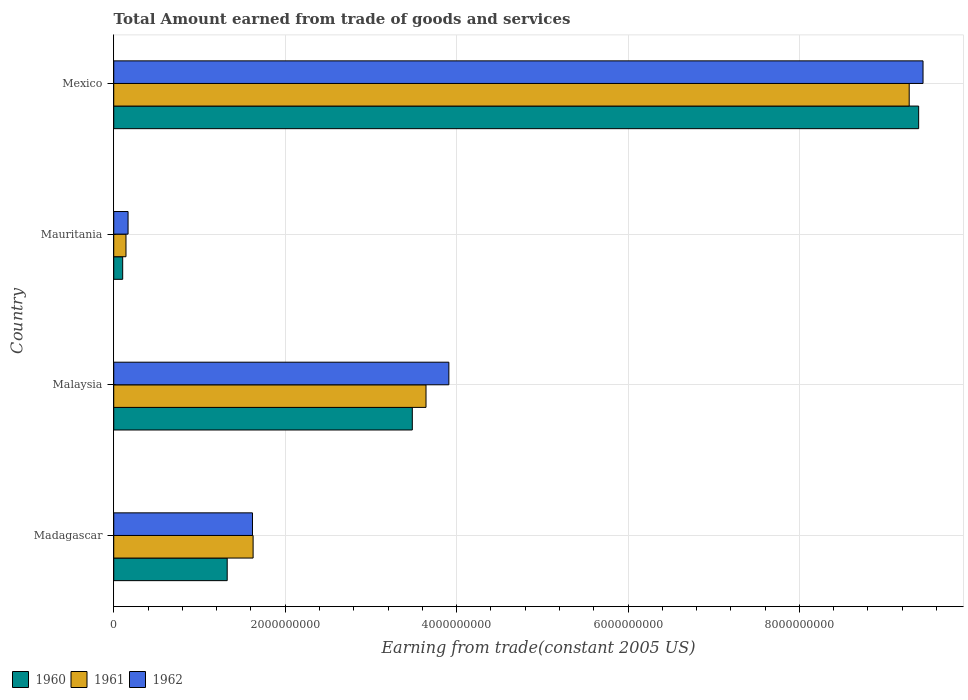
| Country | 1960 | 1961 | 1962 |
 | --- | --- | --- | --- |
 | Madagascar | 1.32e+09 | 1.63e+09 | 1.62e+09 |
 | Malaysia | 3.48e+09 | 3.64e+09 | 3.91e+09 |
 | Mauritania | 1.04e+08 | 1.43e+08 | 1.67e+08 |
 | Mexico | 9.39e+09 | 9.28e+09 | 9.44e+09 |